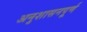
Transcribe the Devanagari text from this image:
अनुशासनपूर्ण